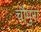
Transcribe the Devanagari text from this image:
चौपुरा